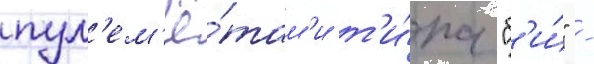
пул'ем'ё́там'и т'и́па "б'и́" -